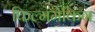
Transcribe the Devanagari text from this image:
फिल्ममेकिंग